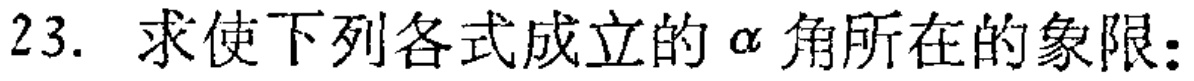
23. 求使下列各式成立的\(\alpha\)角所在的象限：